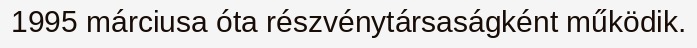
1995 márciusa óta részvénytársaságként működik.